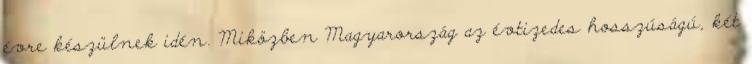
évre készülnek idén. Miközben Magyarország az évtizedes hosszúságú, két